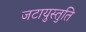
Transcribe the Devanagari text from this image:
जटायुस्तुति